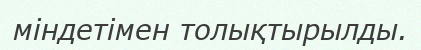
міндетімен толықтырылды.